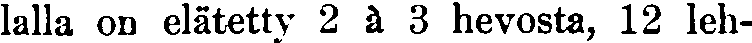
lalla on elätetty 2 à 3 hevosta, 12 leh-